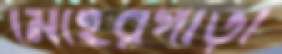
মেহেরপাড়া